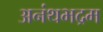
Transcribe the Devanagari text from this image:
अनंथभद्रम